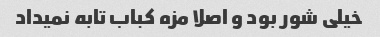
خیلی شور بود و اصلا مزه کباب تابه نمیداد